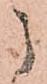
御